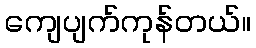
ကျေပျက်ကုန်တယ်။